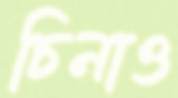
চিনাও